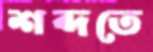
শব্দতে